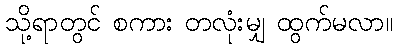
သို့ရာတွင် စကား တလုံးမျှ ထွက်မလာ။